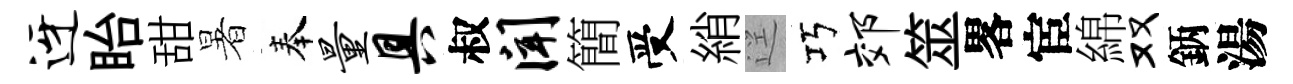
迓眙甜暑奉量具叔闻簡受綃逕巧郊筮畧宦綿双鈵湯